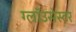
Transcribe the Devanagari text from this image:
ग्लॉउसेस्टर